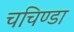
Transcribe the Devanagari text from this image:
चचिण्डा